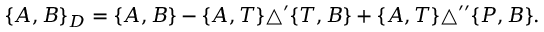
\begin{array} { r } { \{ A , B \} _ { D } = \{ A , B \} - \{ A , T \} \triangle ^ { \prime } \{ T , B \} + \{ A , T \} \triangle ^ { \prime \prime } \{ P , B \} . } \end{array}